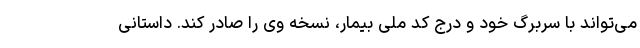
می‌تواند با سربرگ خود و درج کد ملی بیمار، نسخه وی را صادر کند. داستانی